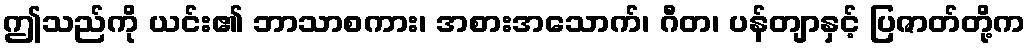
ဤသည်ကို ယင်း၏ ဘာသာစကား၊ အစားအသောက်၊ ဂီတ၊ ပန်တျာနှင့် ပြဇာတ်တို့က